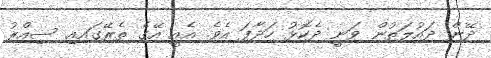
ދޭން ދައުލަތުން ވަނީ ދެކޮޅު ހަދާފަ އެވެ. އެއީ އޭގެ ތެރޭގައއި ސިއްރު